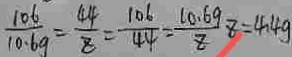
\frac { 1 0 6 } { 1 0 . 6 g } = \frac { 4 4 } { z } = \frac { 1 0 6 } { 4 4 } = \frac { 1 0 . 6 9 } { z } z = 4 . 4 g